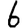
Digit: 6